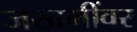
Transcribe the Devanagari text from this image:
जखमींवर